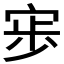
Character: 𭓷